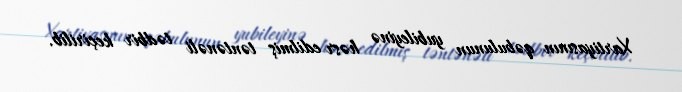
Xartiyasının qəbulunun yubileyinə həsr edilmiş təntənəli tədbir keçirilib.